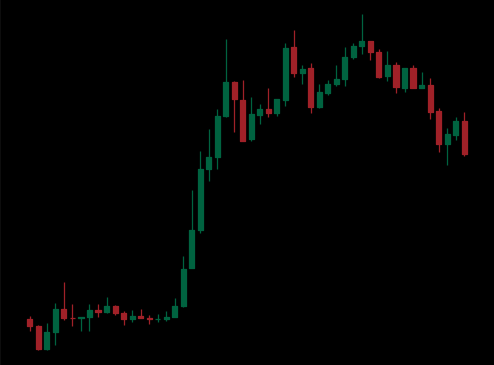
Pattern: bear_flag